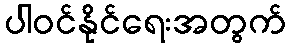
ပါဝင်နိုင်ရေးအတွက်